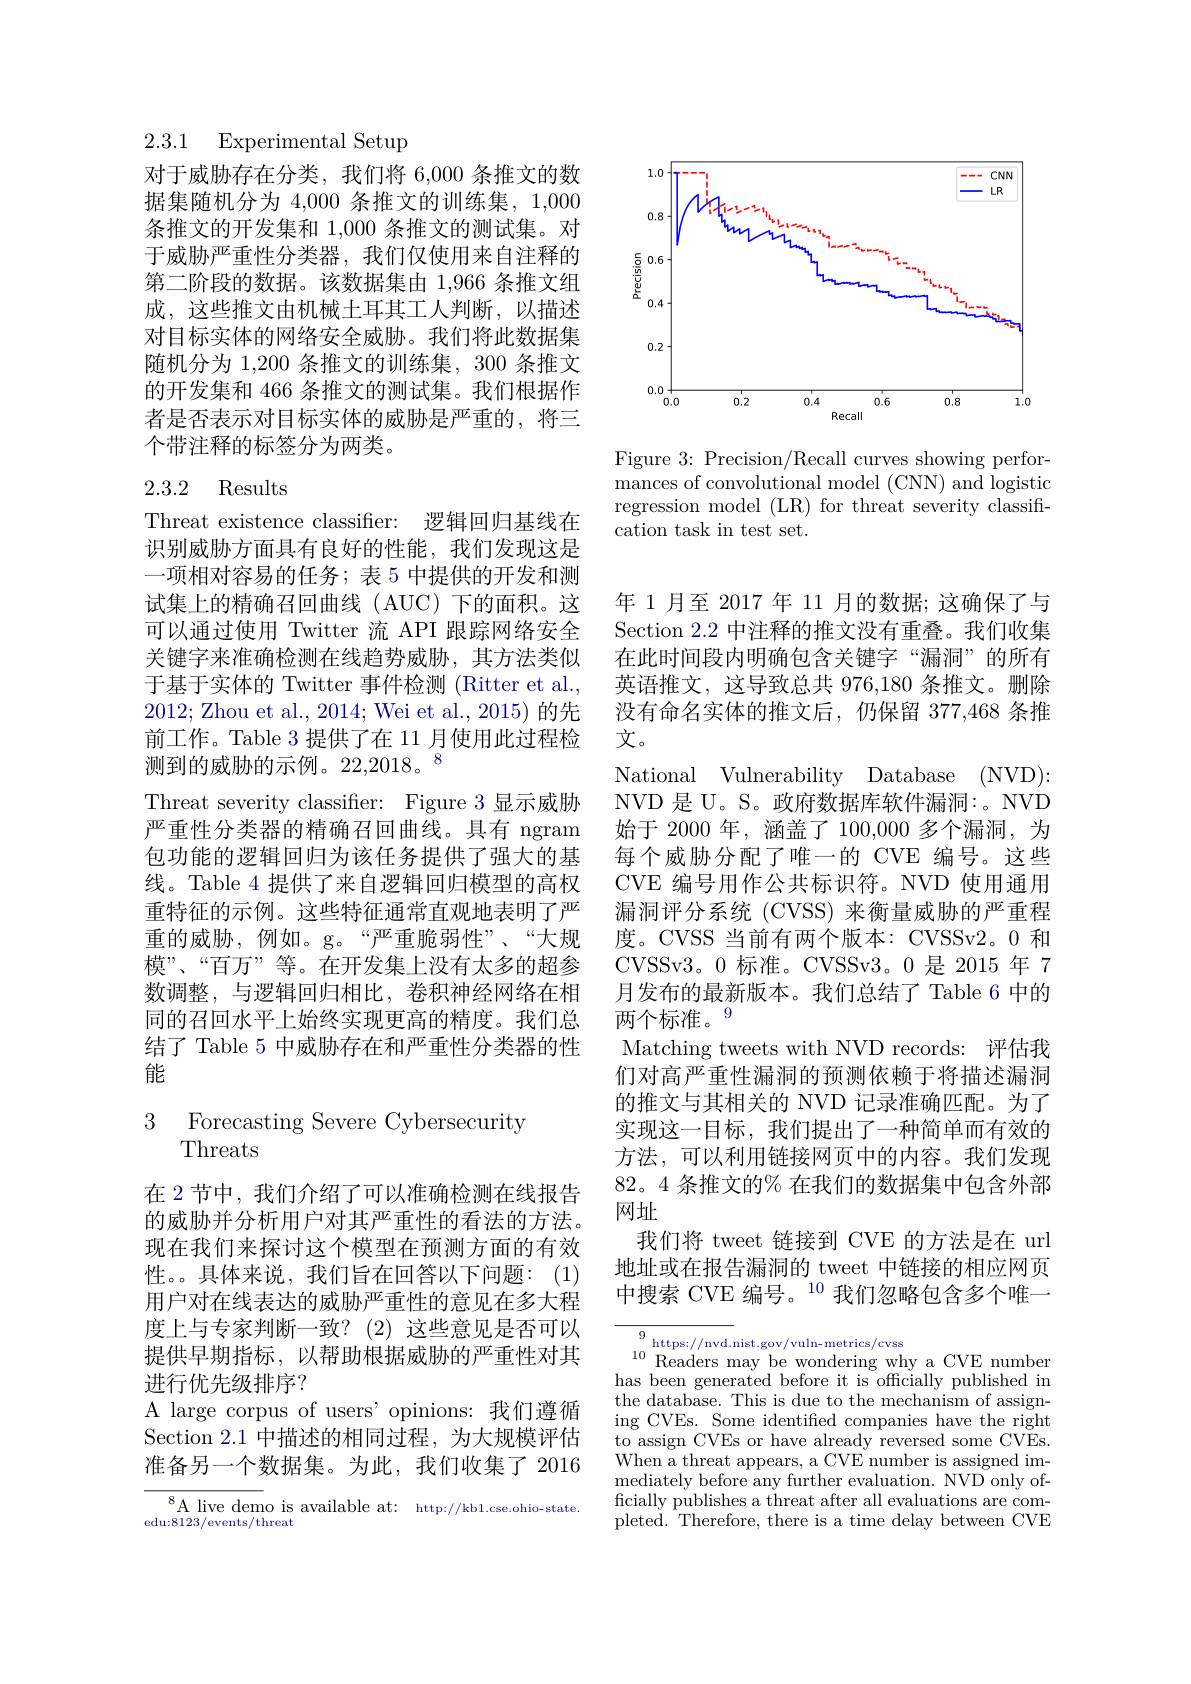
2.3.1 Experimental Setup

对于威胁存在分类，我们将 6,000 条推文的数据集随机分为 4,000 条推文的训练集，1,000条推文的开发集和 1,000 条推文的测试集。对于威胁严重性分类器，我们仅使用来自注释的第二阶段的数据。该数据集由 1,966 条推文组成，这些推文由机械土耳其工人判断，以描述对目标实体的网络安全威胁。我们将此数据集随机分为 1,200 条推文的训练集，300 条推文的开发集和 466 条推文的测试集。我们根据作者是否表示对目标实体的威胁是严重的，将三个带注释的标签分为两类。

# 2.3.2 Results

Threat existence classifier: 逻辑回归基线在识别威胁方面具有良好的性能，我们发现这是一项相对容易的任务；表 5 中提供的开发和测试集上的精确召回曲线(AUC)下的面积。这可以通过使用 Twitter 流 API 跟踪网络安全关键字来准确检测在线趋势威胁，其方法类似于基于实体的 Twitter 事件检测 (Ritter et al., 2012; Zhou et al., 2014; Wei et al., 2015) 的先前工作。Table 3 提供了在 11 月使用此过程检测到的威胁的示例。22,2018。8
Threat severity classifier: Figure 3 显示威胁严重性分类器的精确召回曲线。具有 ngram 包功能的逻辑回归为该任务提供了强大的基线。Table 4 提供了来自逻辑回归模型的高权重特征的示例。这些特征通常直观地表明了严重的威胁，例如。g。“严重脆弱性”、“大规模”、“百万”等。在开发集上没有太多的超参数调整，与逻辑回归相比，卷积神经网络在相同的召回水平上始终实现更高的精度。我们总结了 Table 5 中威胁存在和严重性分类器的性能

3 Forecasting Severe Cybersecurity
Threats

在 2 节中，我们介绍了可以准确检测在线报告的威胁并分析用户对其严重性的看法的方法。现在我们来探讨这个模型在预测方面的有效性。。具体来说，我们旨在回答以下问题：(1) 用户对在线表达的威胁严重性的意见在多大程度上与专家判断一致？(2)这些意见是否可以提供早期指标，以帮助根据威胁的严重性对其进行优先级排序？
A large corpus of users'opinions: 我们遵循Section 2.1 中描述的相同过程，为大规模评估准备另一个数据集。为此，我们收集了 2016

$^{8}$A live demo is available at: http://kb1.cse.ohio-state.
edu:8123/events/threat

<FigureHere>

Figure 3: Precision/Recall curves showing performances of convolutional model (CNN) and logistic regression model (LR) for threat severity classification task in test set.

年 1月至 2017 年 11 月的数据；这确保了与Section 2.2 中注释的推文没有重叠。我们收集在此时间段内明确包含关键字“漏洞”的所有英语推文，这导致总共 976,180 条推文。删除没有命名实体的推文后，仍保留 377,468 条推文。
National Vulnerability Database ( $NVD) :$ NVD 是 U。S。政府数据库软件漏洞：。NVD 始于 2000 年，涵盖了 100,000 多个漏洞，为每个威胁分配了唯一的 CVE 编号。这些CVE 编号用作公共标识符。NVD 使用通用漏洞评分系统 (CVSS) 来衡量威胁的严重程度。CVSS 当前有两个版本：CVSSv2。0 和CVSSv3。0 标准。CVSSv3。0 是 2015 年 7月发布的最新版本。我们总结了 Table 6 中的两个标准。9
Matching tweets with NVD records: 评估我们对高严重性漏洞的预测依赖于将描述漏洞的推文与其相关的 NVD 记录准确匹配。为了实现这一目标，我们提出了一种简单而有效的方法，可以利用链接网页中的内容。我们发现82。4 条推文的% 在我们的数据集中包含外部网址
我们将 tweet 链接到 CVE 的方法是在 url 地址或在报告漏洞的 tweet 中链接的相应网页中搜索 CVE 编号。$^{10}$我们忽略包含多个唯一

$\begin{array}{c}{9\mathrm{~https://nvd.nist.gov/vuln-metrics/cvss}}\\{10\mathrm{~Readers~may~be~wondering~why~a~CVE~number}}\\{\mathrm{as~baen~\pi enerated~hefora~it~is~officiallv~nublishad~in}}\end{array}$ has been generated before it is officially published in the database. This is due to the mechanism of assigning CVEs. Some identified companies have the right to assign CVEs or have already reversed some CVEs. When a threat appears, a CVE number is assigned immediately before any further evaluation. NVD only officially publishes a threat after all evaluations are completed. Therefore, there is a time delay between CVE